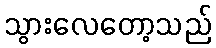
သွားလေတော့သည်